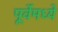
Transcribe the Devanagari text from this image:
पूर्वेमध्ये